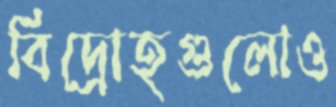
বিদ্রোহগুলোও